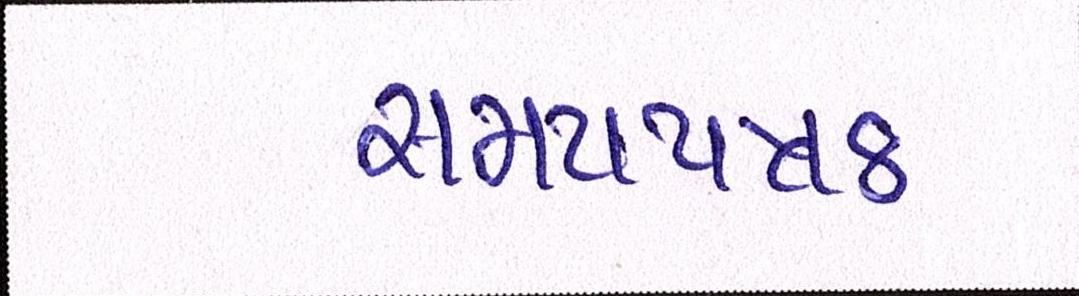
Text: સમયપત્રક